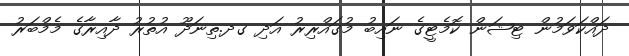
ދައްކަވަމުން ޓިޝަން ކޮމެޓީގެ ނައިބު މުގައްރިރު އަދި ގދ.ތިނަދޫ އުތުރު ދާއިރާގެ މެމްބަރު